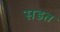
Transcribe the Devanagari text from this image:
सडत